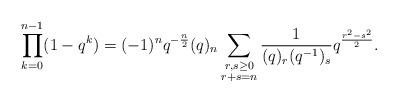
LaTeX: \begin{align*} \prod_{k=0}^{n-1} (1-q^k) =(-1)^{n} q^{-\frac{n}{2}} (q)_{n}\sum_{\substack{r,s\geq 0\\r+s=n}} \frac{1} {(q)_{r}(q^{-1})_{s}} q^{\frac{r^{2}-s^{2}}{2}}. \end{align*}